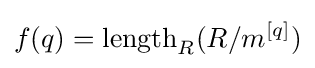
f(q)=\operatorname {length} _{R}(R/m^{[q]})